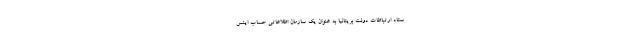
ستاد ارتباطات دولت بریتانیا به عنوان یک سازمان اطلاعاتی حساب اینس